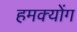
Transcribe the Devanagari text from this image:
हमक्योंग